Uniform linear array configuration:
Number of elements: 24
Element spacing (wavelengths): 0.5
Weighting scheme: kaiser
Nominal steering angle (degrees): -45
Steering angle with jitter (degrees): -43.035
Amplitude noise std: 0.05
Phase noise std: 0.05

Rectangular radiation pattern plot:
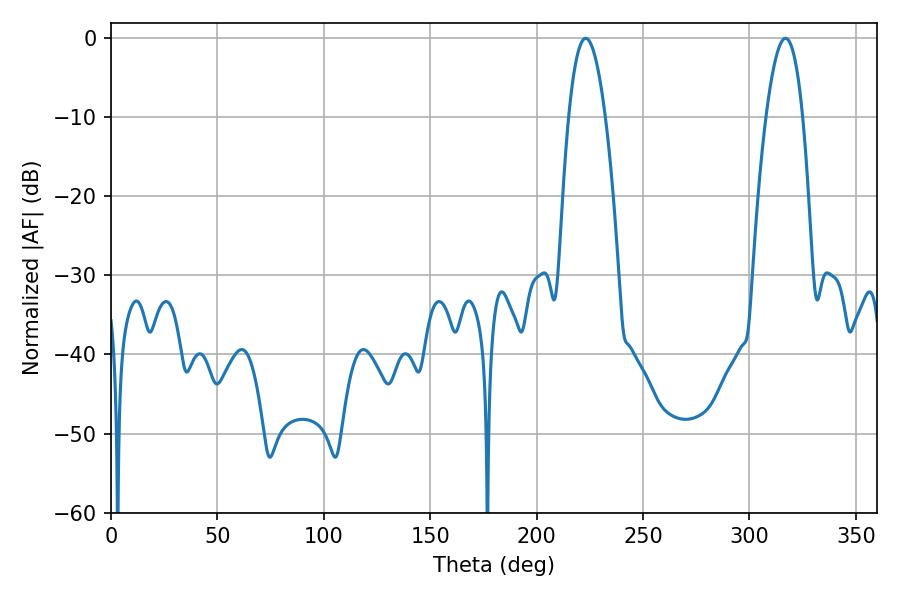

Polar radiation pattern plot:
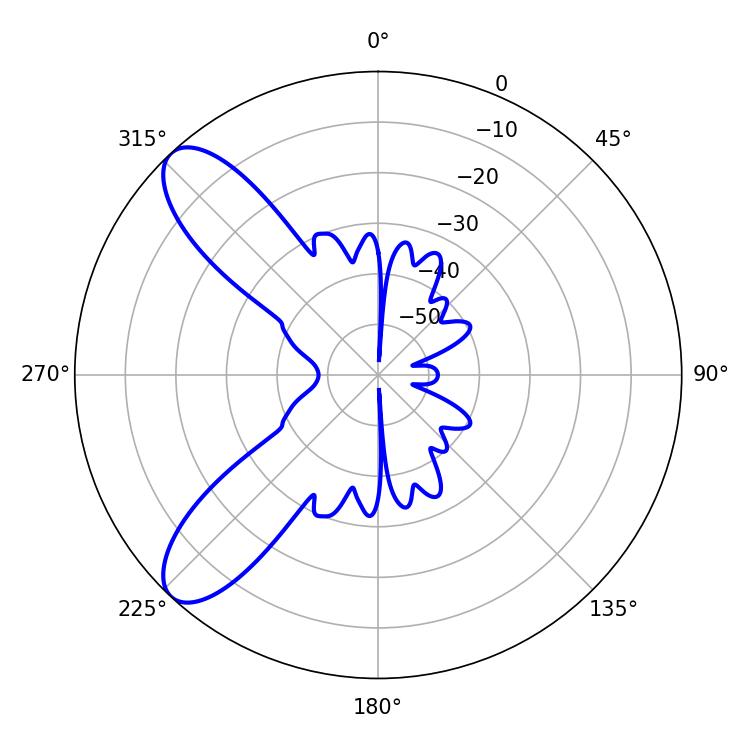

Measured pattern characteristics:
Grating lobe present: FALSE
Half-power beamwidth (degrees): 9.54
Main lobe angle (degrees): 223.02